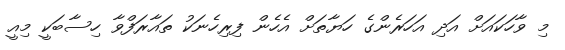
މި ވާހަކައަށް އަދި އަހަރެންގެ ހަޔާތަށް އެހެން ފިރިހެނަކު ތައާރަފްވާ ހިސާބަކީ މިއީ